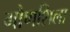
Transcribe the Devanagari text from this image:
गौणशिला